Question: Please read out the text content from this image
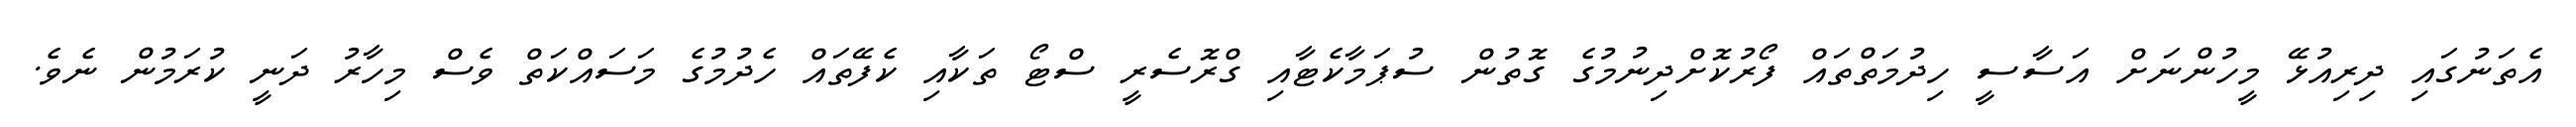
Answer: އެތަނުގައި ދިރިއުޅޭ މީހުންނަށް އަސާސީ ހިދުމަތްތައް ފޯރުކޮށްދިނުމުގެ ގޮތުން ސުޕަމާކެޓާއި ގްރޮސެރީ ސްޓޯ ތަކާއި ކެފޭތައް ހެދުމުގެ މަސައްކަތް ވެސް މިހާރު ދަނީ ކުރަމުން ނެވެ.